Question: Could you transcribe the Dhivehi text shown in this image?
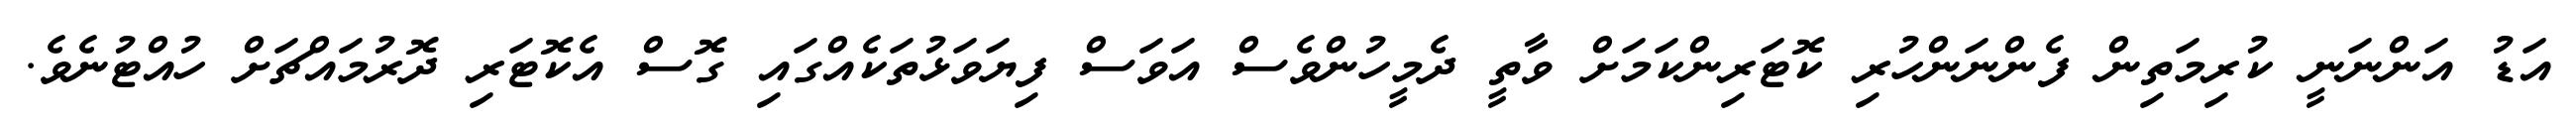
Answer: އަޑު އަންނަނީ ކުރިމަތިން ފެންނަންހުރި ކޮޓަރިންކަމަށް ވާތީ ދެމީހުންވެސް އަވަސް ފިޔަވަޅުތަކެއްގައި ގޮސް އެކޮޓަރި ދޮރުމައްޗަށް ހުއްޓުނެވެ.